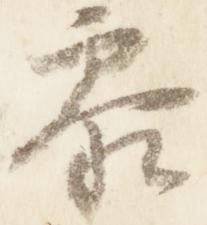
参